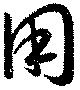
用